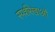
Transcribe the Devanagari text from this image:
स्पर्शरेखाओं